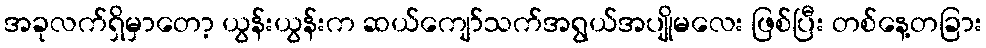
အခုလက်ရှိမှာတော့ ယွန်းယွန်းက ဆယ်ကျော်သက်အရွယ်အပျိုမလေး ဖြစ်ပြီး တစ်နေ့တခြား